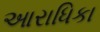
આરાધિકા